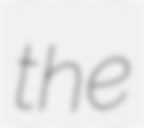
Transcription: the